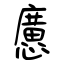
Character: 懬